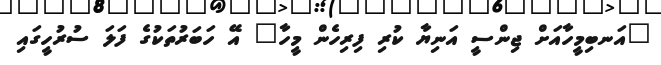
"އަނބިމީހާއަށް ޖިންސީ އަނިޔާ ކުރި ފިރިހެން މީހާ" އޭ ހަބަރުތަކުގެ ފަލަ ސުރުހީގައި